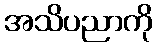
အသိပညာကို